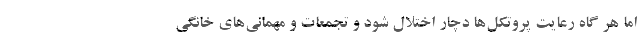
اما هر گاه رعایت پروتکل‌ها دچار اختلال شود و تجمعات و مهمانی‌های خانگی